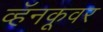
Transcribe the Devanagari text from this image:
व्हॅनकूवर